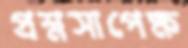
প্রশ্নসাপেক্ষ